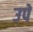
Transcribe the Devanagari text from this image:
उपे